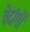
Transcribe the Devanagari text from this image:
वेदांगाें